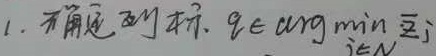
1. 不确定对标. \(q\in\arg\min_{j\in\mathcal{N}}\bar{z}_j\)